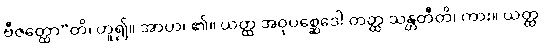
ဗီဇတ္ထော”တိ၊ ဟူ၍။ အာဟ၊ ၏။ ယတ္ထ အဝုပစ္ဆေဒေါ တတ္ထ သန္တတီတိ၊ ကား။ ယတ္ထ